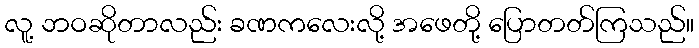
လူ့ ဘဝဆိုတာလည်း ခဏကလေးလို့ အဖေတို့ ပြောတတ်ကြသည်။